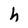
Character: h